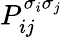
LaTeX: P_{ij}^{\sigma_{i}\sigma_{j}}